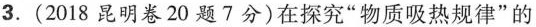
3.(2018昆明卷20题7分)在探究”物质吸热规律”的